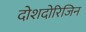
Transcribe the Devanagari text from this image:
दोशदोरिजिन